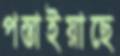
পস্তাইয়াছে